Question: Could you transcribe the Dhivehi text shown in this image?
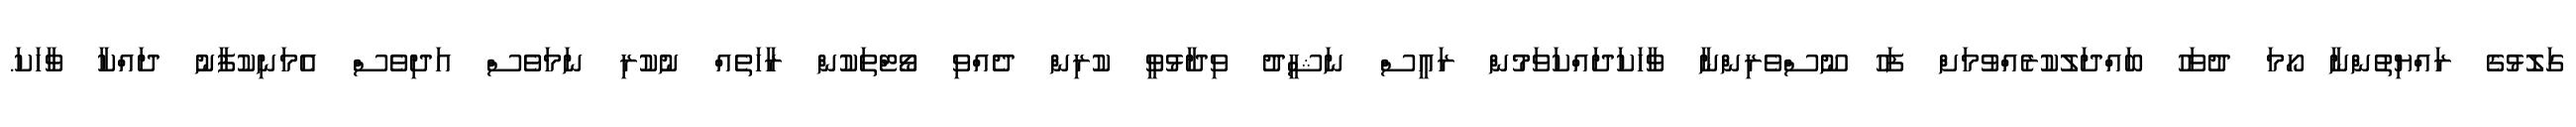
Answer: ގަލޮޅުގެ ރައްޔިތުންނާ ހޯމަ ދުވަހު ބައްދަލުކުރެއްވުމަށް ފަހު ނޫސްވެރިންނާ ވާހަކަދައްކަވަމުން ރައީސް ނަޝީދު ވިދާޅުވީ ކުރިން ދެއްވި ވޯޓްތަކުން ރާހަތެއް ނުކުރި ނަމަވެސް އަދިވެސް އެމަނިކުފާނު ދައްކާ ވާހަކަ.